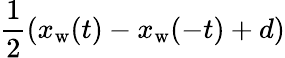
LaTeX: \frac{1}{2}(x_{\mathrm{w}}(t)-x_{\mathrm{w}}(-t)+d)